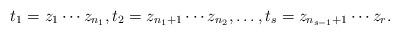
LaTeX: \begin{align*}t_1 = z_1 \cdots z_{n_1}, t_2 = z_{n_1+1} \cdots z_{n_2}, \dots, t_s = z_{n_{s-1}+1} \cdots z_r.\end{align*}